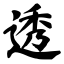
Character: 透